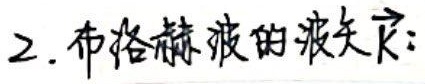
2. 布洛赫波的波矢$\vec{k}$：